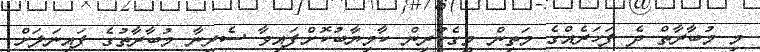
މި މުބާރާތް ދެ ފަހަރެއްގެ މަތިން މީގެކުރިން ކާމިޔާބުކޮށްފައިވާ ސެރީނާ މުބާރާތުގެ ފައިނަލަށް